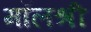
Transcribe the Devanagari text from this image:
मॉलश्री